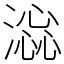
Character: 𣾫